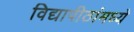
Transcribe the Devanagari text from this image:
विद्यापीठांमध्‍ये